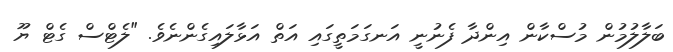
ބަލާލުމުން މުސްކާން އިންދާ ފެނުނީ އަނގަމަތީގައި އަތް އަޅާލައިގެންނެވެ. "ލެޓްސް ގެޓް ޔޫ